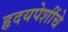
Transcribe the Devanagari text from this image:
हृदयपेशींचे